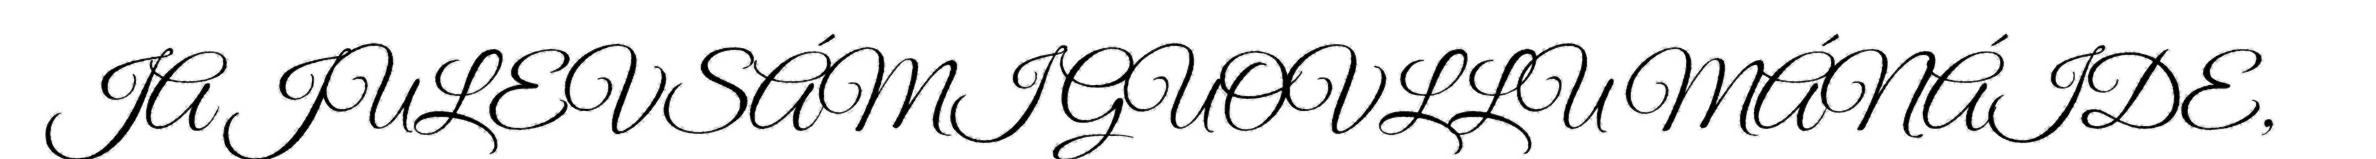
JA JULEVSÁMI GUOVLLU MÁNÁIDE,